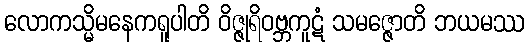
လောကသ္မိမနေကရူပါတိ ဝိဇ္ဇုရိဝဗ္ဘကူဋံ သမဇ္ဇောတိ ဘယမဿ